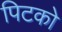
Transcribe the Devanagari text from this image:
पिटको